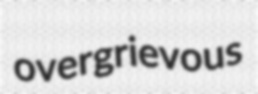
overgrievous